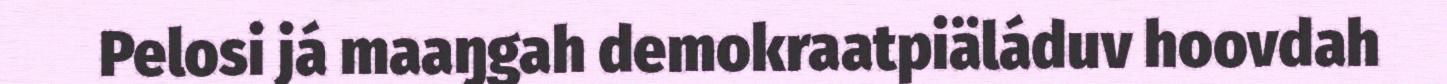
Pelosi já maaŋgah demokraatpiäláduv hoovdah